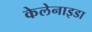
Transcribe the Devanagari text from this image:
केलेनाइडा